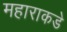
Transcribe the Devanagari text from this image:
महाराकडे